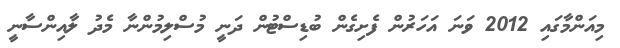
މިއަންމާގައި 2012 ވަނަ އަހަރުން ފެށިގެން ބުޑިސްޓުން ދަނީ މުސްލިމުންނާ މެދު ލާއިންސާނީ